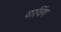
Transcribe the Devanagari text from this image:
चाचिंग